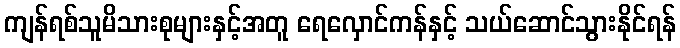
ကျန်ရစ်သူမိသားစုများနှင့်အတူ ရေလှောင်ကန်နှင့် သယ်ဆောင်သွားနိုင်ရန်